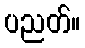
ပညတ်။